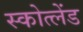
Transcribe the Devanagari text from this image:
स्कोत्लेंड